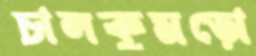
চালকুমড়ো